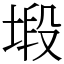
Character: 塅